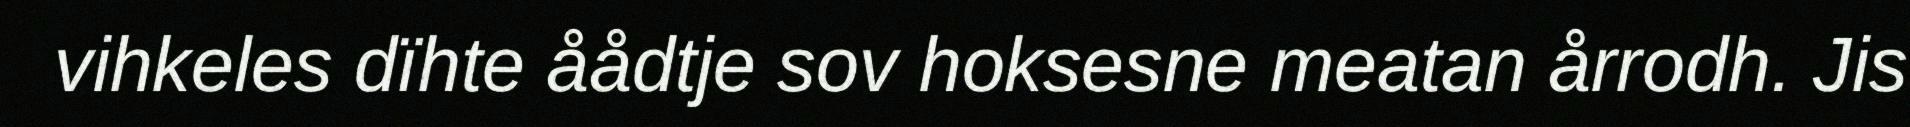
vihkeles dïhte åådtje sov hoksesne meatan årrodh. Jis